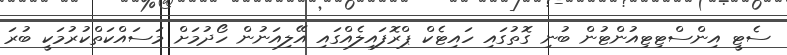
ސެޓީ އިންސްޓިޓިއުންޓުން ބުނި ގޮތުގައި ހައިޓެކް ޕްރޮފައިލެއްގައި އޭލިއަނުން ހޯދުމަށް މަސައްކަތްކުރުމަކީ ބުރަ